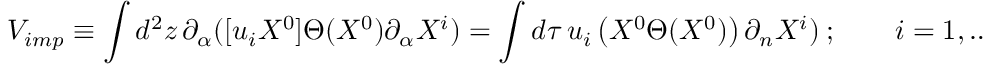
{ V } _ { i m p } \equiv \int d ^ { 2 } z \, \partial _ { \alpha } ( [ u _ { i } X ^ { 0 } ] \Theta ( X ^ { 0 } ) \partial _ { \alpha } X ^ { i } ) = \int d \tau \, u _ { i } \left( X ^ { 0 } \Theta ( X ^ { 0 } ) \right) \partial _ { n } X ^ { i } ) ~ ; \qquad i = 1 , \ldots , 9 .